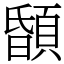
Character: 䫒